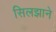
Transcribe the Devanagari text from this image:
सिलझाने